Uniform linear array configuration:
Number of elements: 8
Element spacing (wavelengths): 0.25
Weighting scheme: uniform
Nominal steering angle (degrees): -30
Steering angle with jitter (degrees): -31.883
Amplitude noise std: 0.05
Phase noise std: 0.05

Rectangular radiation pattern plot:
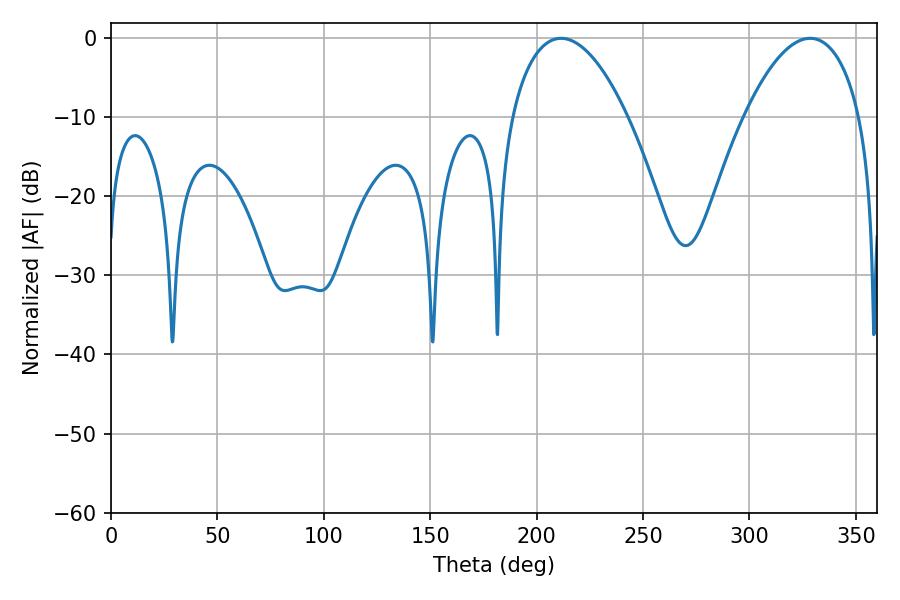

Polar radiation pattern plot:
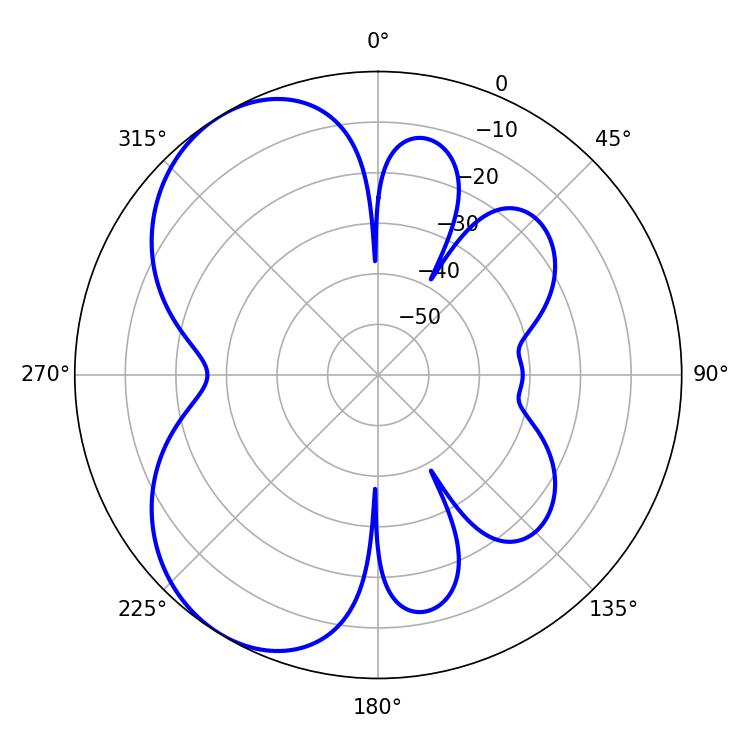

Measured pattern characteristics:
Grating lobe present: FALSE
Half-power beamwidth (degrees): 30.42
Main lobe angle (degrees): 211.5